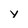
Character: y